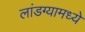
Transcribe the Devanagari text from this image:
लांडग्यामध्ये